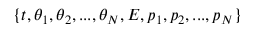
\{ t , \theta _ { 1 } , \theta _ { 2 } , . . . , \theta _ { N } , E , p _ { 1 } , p _ { 2 } , . . . , p _ { N } \}